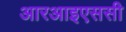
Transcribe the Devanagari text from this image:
आरआइएससी